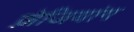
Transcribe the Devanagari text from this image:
ज़ेजियांग